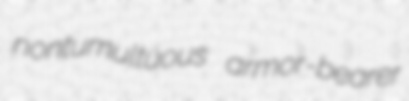
nontumultuous armor-bearer